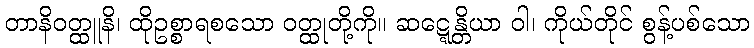
တာနိဝတ္ထူနိ၊ ထိုဥစ္စာရစသော ဝတ္ထုတို့ကို။ ဆဋ္ဋေန္တိယာ ဝါ၊ ကိုယ်တိုင် စွန့်ပစ်သော